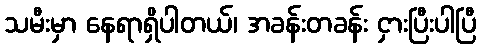
သမီးမှာ နေရာရှိပါတယ်၊ အခန်းတခန်း ငှားပြီးပါပြီ